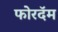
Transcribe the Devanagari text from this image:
फोरदॅम